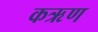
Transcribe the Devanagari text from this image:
कऋण